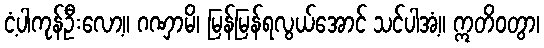
ငံ့ပါကုန်ဦးလော့။ ဂဏှာမိ၊ မြန်မြန်ရလွယ်အောင် သင်ပါအံ့။ ဣတိဝတွာ၊